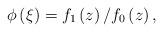
LaTeX: \begin{align*}\phi \left( \xi \right) =f_{1}\left( z\right) /f_{0}\left( z\right) ,\end{align*}